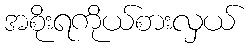
အစိုးရကိုယ်စားလှယ်